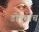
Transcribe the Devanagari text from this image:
डोमचांच